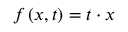
f \left( x , t \right) = t \cdot x